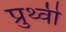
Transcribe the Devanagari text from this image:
प्रुथ्वी